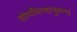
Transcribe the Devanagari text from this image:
लोपयित्वानुबन्धं